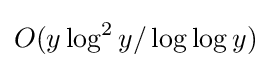
O(y\log ^{2}y/\log \log y)